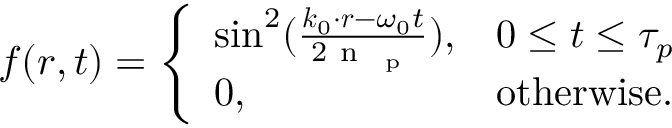
f ( \boldsymbol { r } , t ) = \left\{ \begin{array} { l l } { \sin ^ { 2 } ( \frac { \boldsymbol { k } _ { 0 } \cdot \boldsymbol { r } - \omega _ { 0 } t } { 2 \mathrm { ~ n ~ } _ { \mathrm { ~ p ~ } } } ) , } & { 0 \leq t \leq \tau _ { p } } \\ { 0 , } & { \mathrm { o t h e r w i s e } . } \end{array} \right.